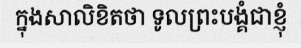
ក្នុងសាលិខិតថា ទូលព្រះបង្គំជាខ្ញុំ